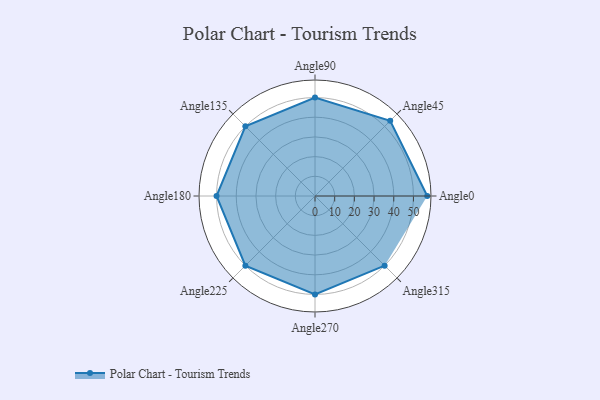
{"axis": {"x": "Angle", "y": "Radius"}, "legend": [""], "data": [{"x": "Angle0", "y": 57.0, "type": ""}, {"x": "Angle45", "y": 54.0, "type": ""}, {"x": "Angle90", "y": 50, "type": ""}, {"x": "Angle135", "y": 50, "type": ""}, {"x": "Angle180", "y": 50, "type": ""}, {"x": "Angle225", "y": 50, "type": ""}, {"x": "Angle270", "y": 50, "type": ""}, {"x": "Angle315", "y": 50, "type": ""}]}